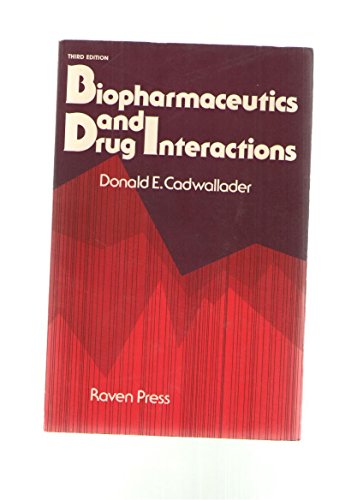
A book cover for Biopharmaceutics and Drug Interactions; Donald E. Cadwallader; Medical Books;